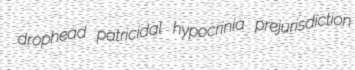
drophead patricidal hypocrinia prejurisdiction